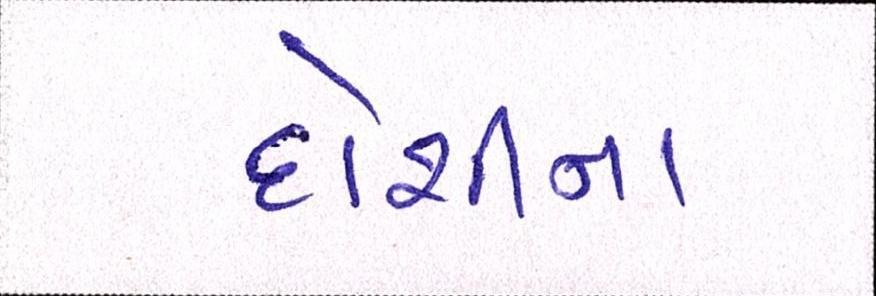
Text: દોશીના